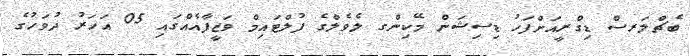
ބެޗްލަރސް ޑިގްރީއަށްފަހު ޑިސިޝަން މޭކިންގ ލެވެލްގެ ފުލްޓައިމް ވަޒީފާއެއްގައި 05 އަހަރު ދުވަހުގެ